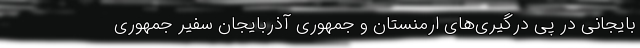
بایجانی در پی درگیری‌های ارمنستان و جمهوری آذربایجان سفیر جمهوری